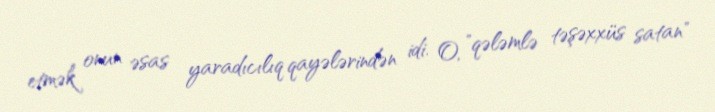
etmək onun əsas yaradıcılıq qayələrindən idi. O, "qələmlə təşəxxüs satan"